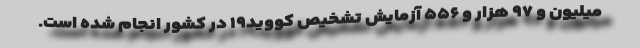
میلیون و ۹۷ هزار و ۵۵۶ آزمایش تشخیص کووید۱۹ در کشور انجام شده است.